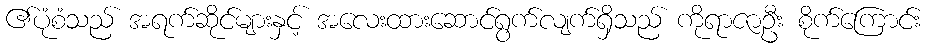
၏ပုံစံသည် အရက်ဆိုင်များနှင့် အလေးထားဆောင်ရွက်လျက်ရှိသည် ကိုရာဇာဦး စိုက်ကြောင်း